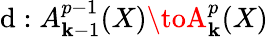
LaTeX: \mathrm{d}:A_{\mathbf{k}-1}^{p-1}(X)\toA_{\mathbf{k}}^{p}(X)